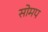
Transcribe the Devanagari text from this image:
सोमप